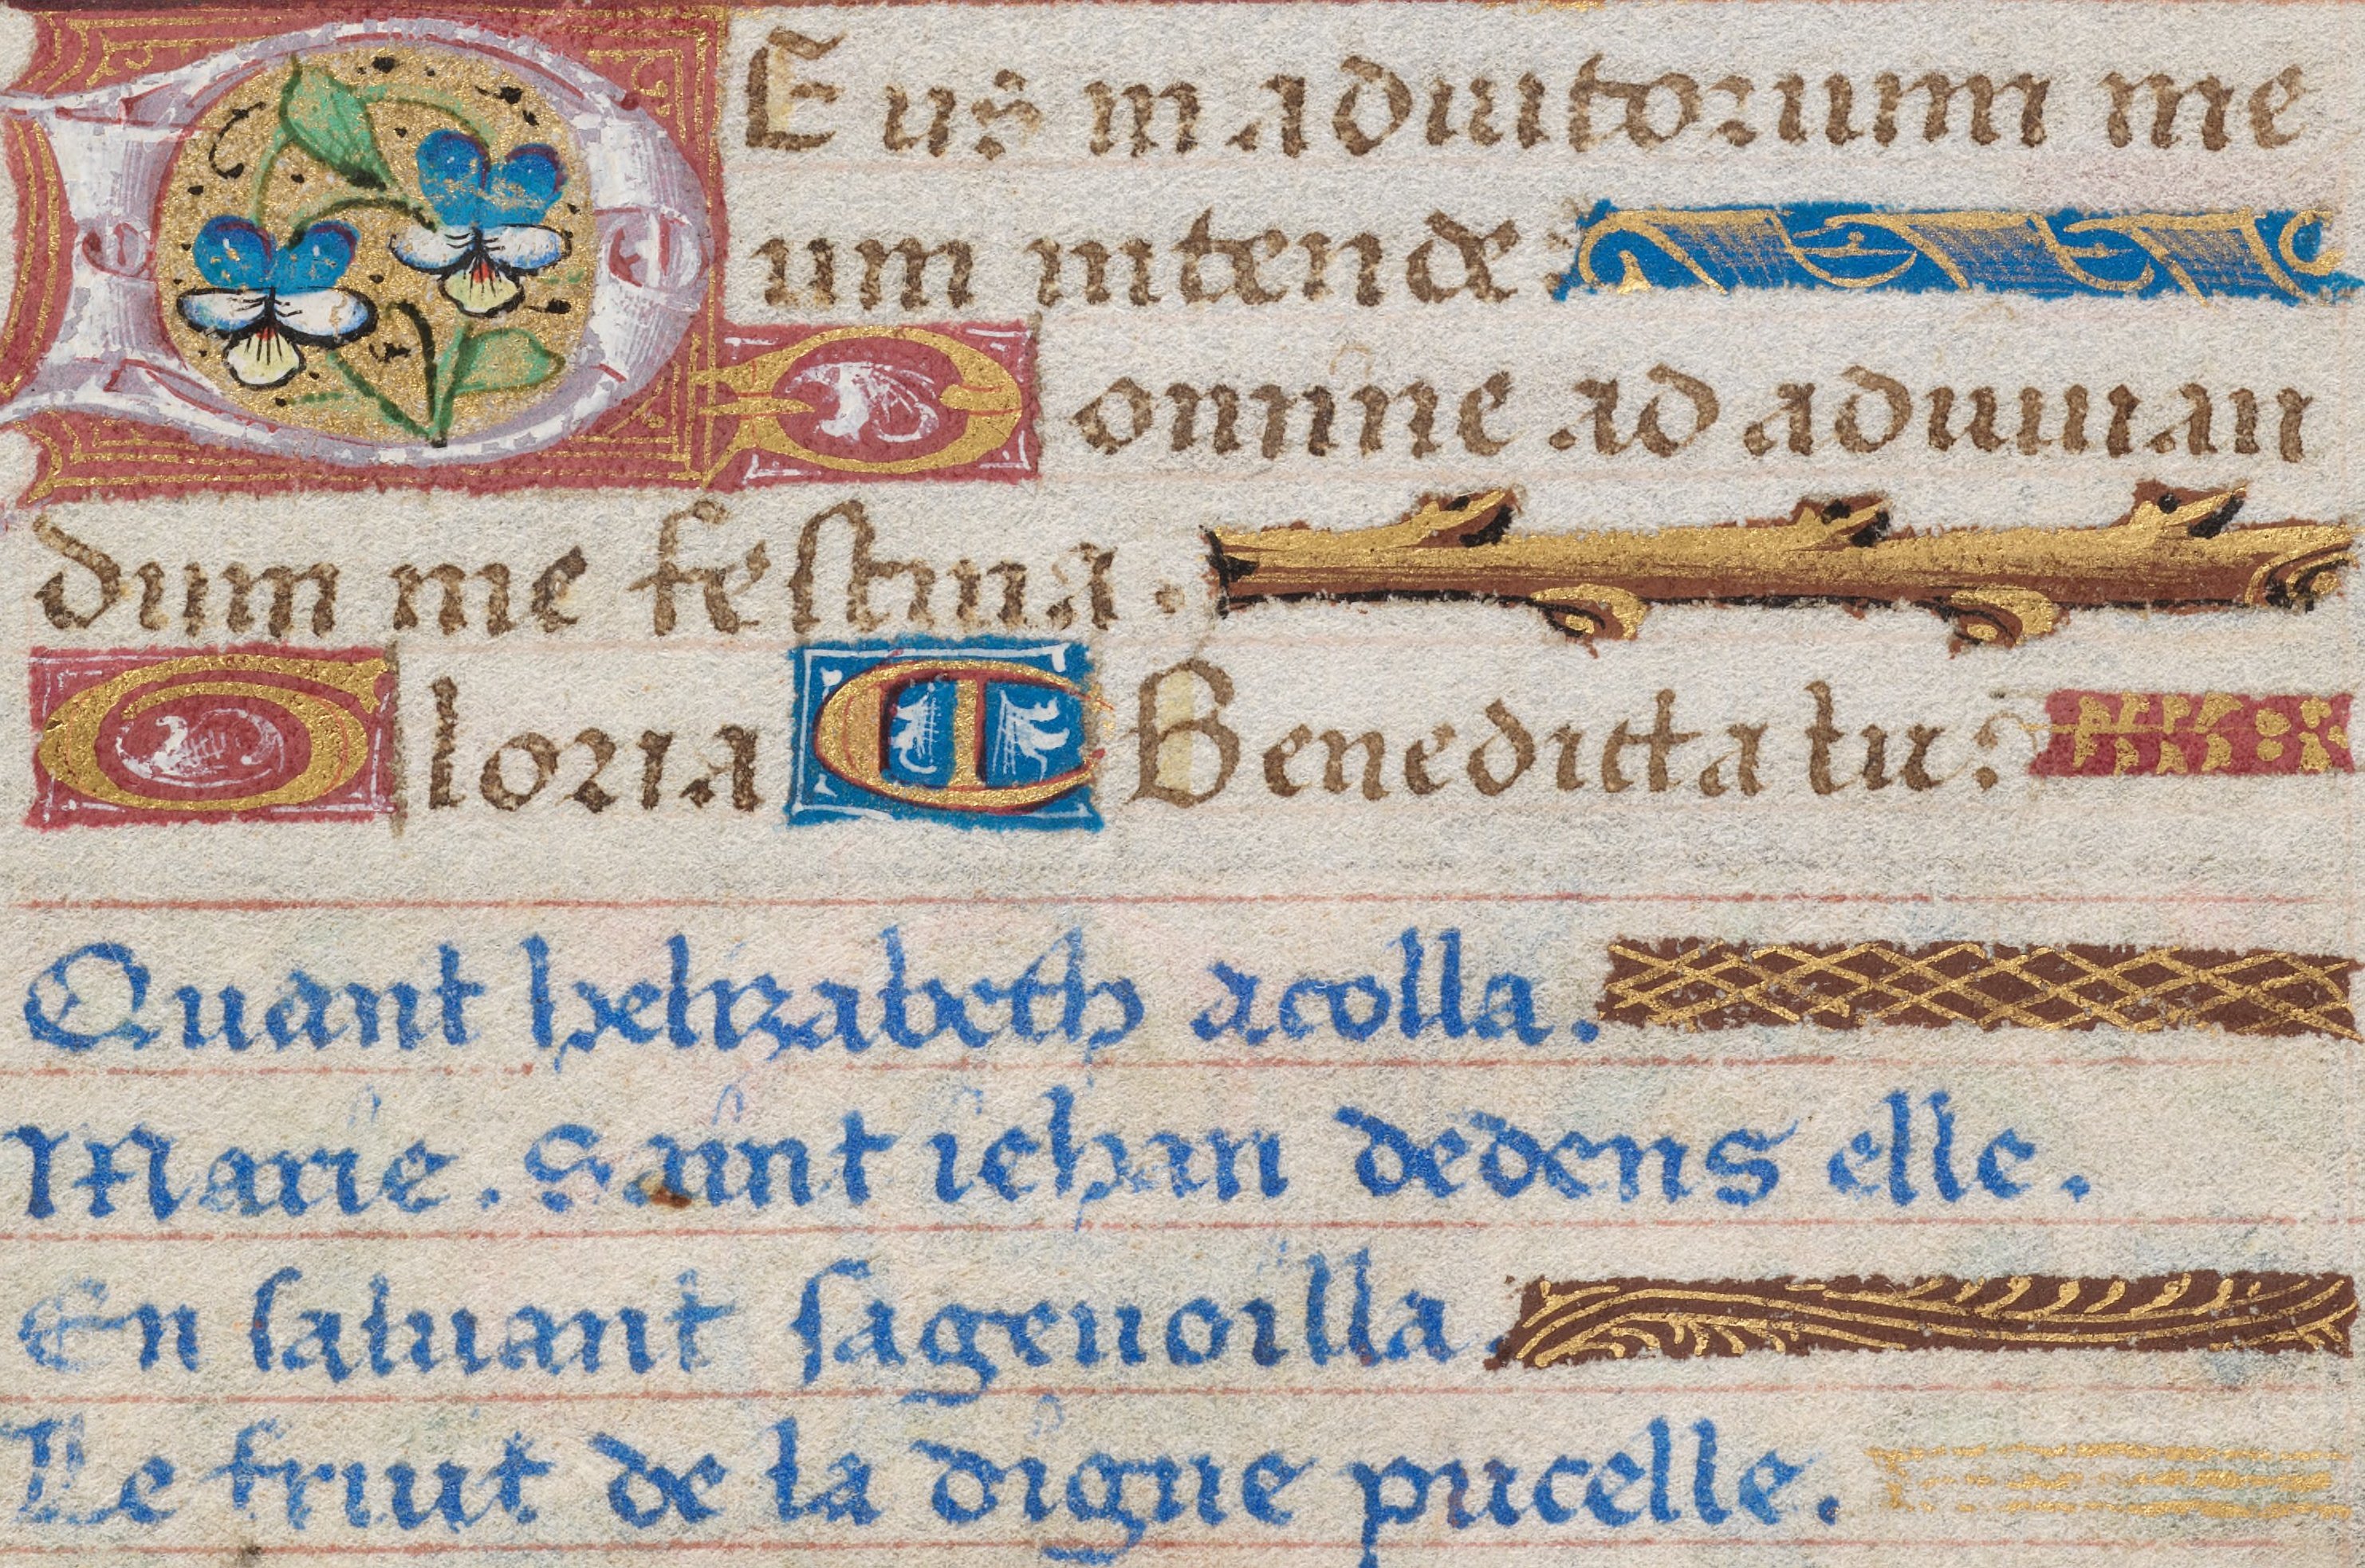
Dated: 1475–1505